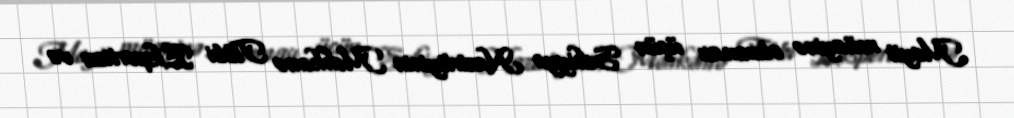
Meyit müayinə olunması üçün Səhiyyə Nazirliyinin Məhkəmə Tibbi Ekspertiza və